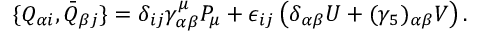
\{ Q _ { \alpha i } , \bar { Q } _ { \beta j } \} = \delta _ { i j } \gamma _ { \alpha \beta } ^ { \mu } P _ { \mu } + \epsilon _ { i j } \left( \delta _ { \alpha \beta } U + ( \gamma _ { 5 } ) _ { \alpha \beta } V \right) .